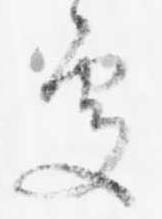
処